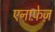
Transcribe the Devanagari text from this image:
एनाफे़ज़